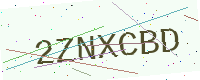
Text: 2ZNXCBD